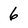
Character: 6